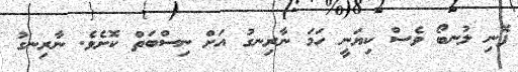
ފޮނި ލުނބޯ ވެސް ކިޔަނީ ހަމަ ނާރިނގު އަށް ނިސްބަތް ކޮށެވެ. ނާރިނގު